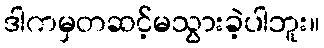
ဒါကမှတဆင့်မသွားခဲ့ပါဘူး။